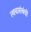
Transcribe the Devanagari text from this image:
त्वचासंबंधी